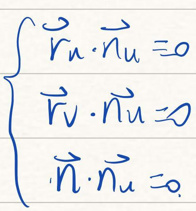
\left\{
\begin{array}{l}
\vec{r}_{u} \cdot \vec{n}_{u} = 0\\
\vec{v} \cdot \vec{n}_{u} = 0\\
\vec{n} \cdot \vec{n}_{u} = 0
\end{array}
\right.